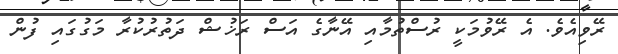
ރޭވިއެވެ. އެ ރޭވުމަކީ ރުސްތުމާއި އޭނާގެ އަސް ރަޚުޝް ދަތުރުކުރާ މަގުގައި ފުން